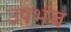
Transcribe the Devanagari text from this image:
उपभंज